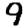
Digit: 9